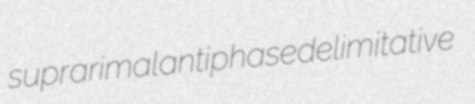
suprarimal antiphase delimitative